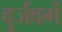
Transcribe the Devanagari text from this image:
वुर्जवर्गे